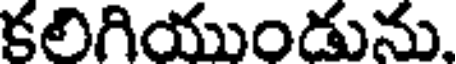
కలిగియుండును.